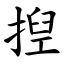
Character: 揑